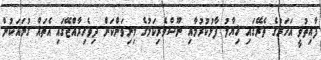
ފާއިތުވީ އަހަރުގެ ތެރޭގައި ޚިޔާލު ފާޅުކުރުމާއި ނޫސްވެރިކަމުގެ މިނިވަންކަން ދިވެހިރާއްޖޭގައި އެތައް ގުނައަކުން